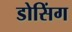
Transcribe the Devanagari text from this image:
डोसिंग